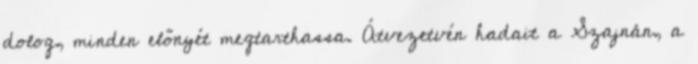
dolog, minden előnyét megtarthassa. Átvezetvén hadait a Szajnán, a